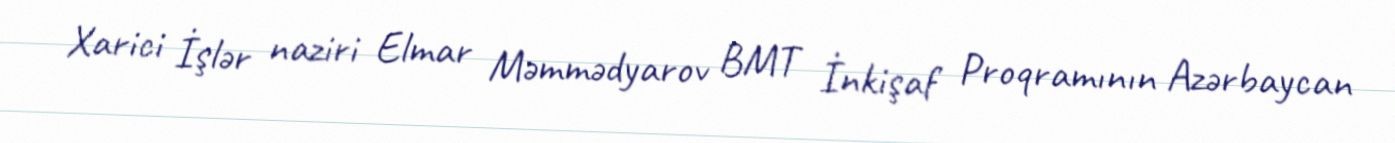
Xarici İşlər naziri Elmar Məmmədyarov BMT İnkişaf Proqramının Azərbaycan